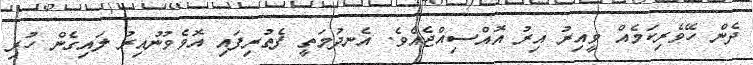
ދެން ހޭވެރިކަމެއް ވީއިރު އިރު އޮއްސިއްޖެއެވެ. އެނދުމަތީ ފެތުރިފައި އޮވެވުނުއިރު ލައިގެން ހުރި